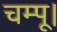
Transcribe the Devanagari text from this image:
चम्पू।